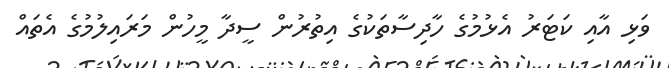
ވަޅި އާއި ކަޓަރު އެޅުމުގެ ހާދިސާތަކުގެ އިތުރުން ސީދާ މީހުން މަރައިލުމުގެ އެތައް